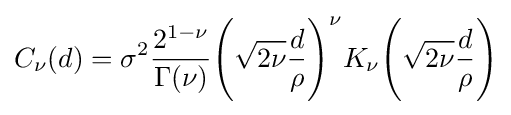
C_{\nu }(d)=\sigma ^{2}{\frac {2^{1-\nu }}{\Gamma (\nu )}}{{\Bigg (}{\sqrt {2\nu }}{\frac {d}{\rho }}{\Bigg )}}^{\nu }K_{\nu }{\Bigg (}{\sqrt {2\nu }}{\frac {d}{\rho }}{\Bigg )}